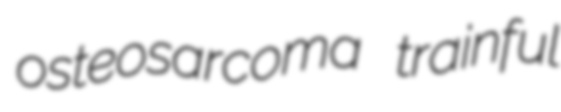
osteosarcoma trainful